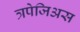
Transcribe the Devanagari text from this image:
त्रपेजिअस